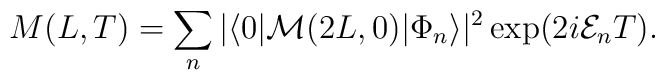
M(L,T)=\sum_{n}|\langle 0|{\cal M}(2L,0)|\Phi_{n}\rangle|^2 \exp(2i{\cal E}_{n}T).